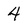
Character: 4